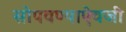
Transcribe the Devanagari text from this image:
सोपवण्याऐवजी